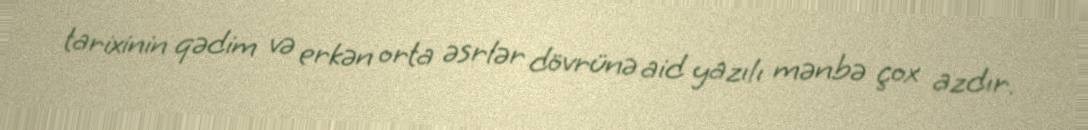
tarixinin qədim və erkən orta əsrlər dövrünə aid yazılı mənbə çox azdır.